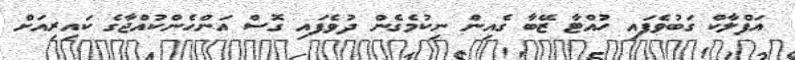
އަފްލާކް ގަބުވެފައި ހުއްޓާ ޒޭބާ ގެއިން ނިކުމެގެން ދުވެފައި ގޮސް އަންހެންކުއްޖާގެ ކައިރިއަށް